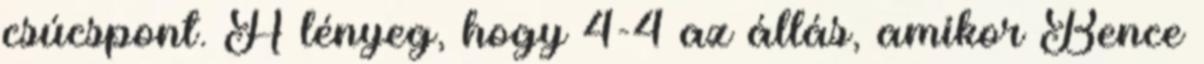
csúcspont. A lényeg, hogy 4-4 az állás, amikor Bence